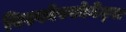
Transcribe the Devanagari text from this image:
बिस्फॉस्फोनेट्स